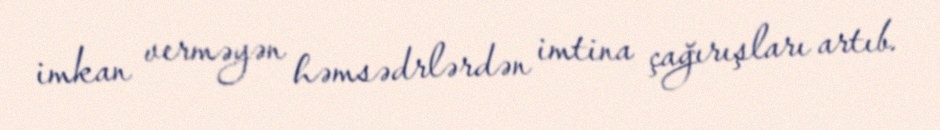
imkan verməyən həmsədrlərdən imtina çağırışları artıb.